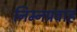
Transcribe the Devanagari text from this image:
निम्नप्रवाह